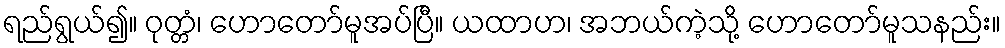
ရည်ရွယ်၍။ ဝုတ္တံ၊ ဟောတော်မူအပ်ပြီ။ ယထာဟ၊ အဘယ်ကဲ့သို့ ဟောတော်မူသနည်း။